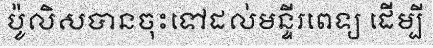
ប៉ូលិសបានចុះទៅដល់មន្ទីរពេទ្យ ដើម្បី